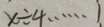
x \div 4 \cdots 1